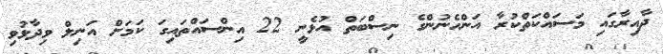
ދާއިރާގައި މަސައްކަތްކުރާ އަންހެނުންގެ ނިސްބަތް އުޅެނީ 22 އިންސައްތައިގަ ކަމަށް އަނިލް ވިދާޅުވި